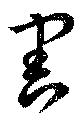
害